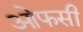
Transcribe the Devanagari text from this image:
ओफसी